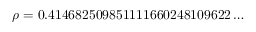
\rho = 0 . 4 1 4 6 8 2 5 0 9 8 5 1 1 1 1 6 6 0 2 4 8 1 0 9 6 2 2 \ldots